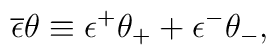
\overline{\epsilon }\theta \equiv \epsilon ^{+}\theta _{+}+\epsilon^{-}\theta _{-},